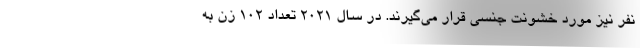
نفر نیز مورد خشونت جنسی قرار می‌گیرند. در سال ۲۰۲۱ تعداد ۱۰۲ زن به